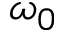
\omega _ { 0 }